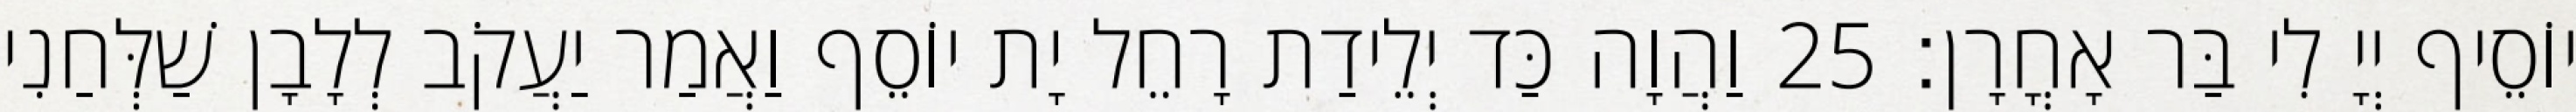
יוֹסֵיף יְיָ לִי בַּר אָחֳרָן׃ 25 וַהֲוָה כַּד יְלֵידַת רָחֵל יָת יוֹסֵף וַאֲמַר יַעֲקֹב לְלָבָן שַׁלְּחַנִי